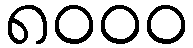
၈၀၀၀